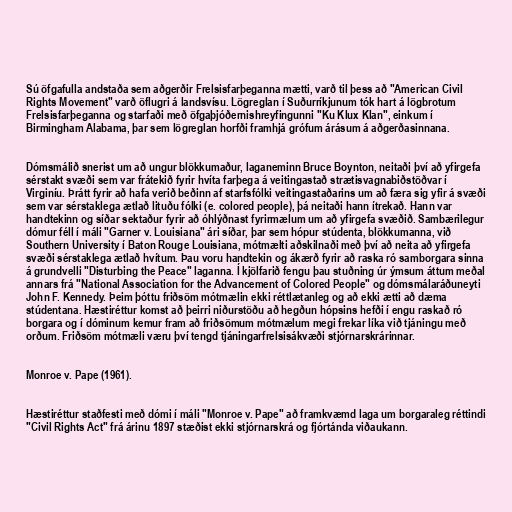
Sú öfgafulla andstaða sem aðgerðir Frelsisfarþeganna mætti, varð til þess að "American Civil
Rights Movement" varð öflugri á landsvísu. Lögreglan í Suðurríkjunum tók hart á lögbrotum
Frelsisfarþeganna og starfaði með öfgaþjóðernishreyfingunni "Ku Klux Klan", einkum í
Birmingham Alabama, þar sem lögreglan horfði framhjá grófum árásum á aðgerðasinnana.

Dómsmálið snerist um að ungur blökkumaður, laganeminn Bruce Boynton, neitaði því að yfirgefa
sérstakt svæði sem var frátekið fyrir hvíta farþega á veitingastað strætisvagnabiðstöðvar í
Virginíu. Þrátt fyrir að hafa verið beðinn af starfsfólki veitingastaðarins um að færa sig yfir á svæði
sem var sérstaklega ætlað lituðu fólki (e. colored people), þá neitaði hann ítrekað. Hann var
handtekinn og síðar sektaður fyrir að óhlýðnast fyrirmælum um að yfirgefa svæðið. Sambærilegur
dómur féll í máli "Garner v. Louisiana" ári síðar, þar sem hópur stúdenta, blökkumanna, við
Southern University í Baton Rouge Louisiana, mótmælti aðskilnaði með því að neita að yfirgefa
svæði sérstaklega ætlað hvítum. Þau voru handtekin og ákærð fyrir að raska ró samborgara sinna
á grundvelli "Disturbing the Peace" laganna. Í kjölfarið fengu þau stuðning úr ýmsum áttum meðal
annars frá "National Association for the Advancement of Colored People" og dómsmálaráðuneyti
John F. Kennedy. Þeim þóttu friðsöm mótmælin ekki réttlætanleg og að ekki ætti að dæma
stúdentana. Hæstiréttur komst að þeirri niðurstöðu að hegðun hópsins hefði í engu raskað ró
borgara og í dóminum kemur fram að friðsömum mótmælum megi frekar líka við tjáningu með
orðum. Friðsöm mótmæli væru því tengd tjáningarfrelsisákvæði stjórnarskrárinnar.

Monroe v. Pape (1961).

Hæstiréttur staðfesti með dómi í máli "Monroe v. Pape" að framkvæmd laga um borgaraleg réttindi
"Civil Rights Act" frá árinu 1897 stæðist ekki stjórnarskrá og fjórtánda viðaukann.